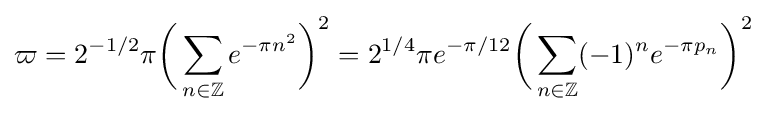
\varpi =2^{-1/2}\pi {\biggl (}\sum _{n\in \mathbb {Z} }e^{-\pi n^{2}}{\biggr )}^{2}=2^{1/4}\pi e^{-\pi /12}{\biggl (}\sum _{n\in \mathbb {Z} }(-1)^{n}e^{-\pi p_{n}}{\biggr )}^{2}